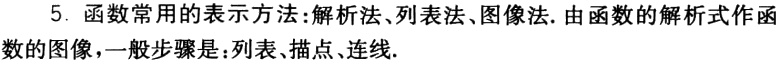
5. 函数常用的表示方法:解析法、列表法、图像法. 由函数的解析式作函数的图像，一般步骤是：列表、描点、连线.